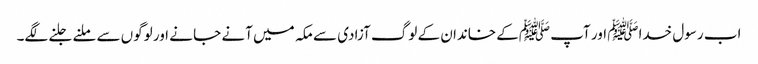
اب رسول خداﷺ اور آپ ﷺکے خاندان کے لوگ آزادی سے مکہ میں آنے جا نے اور لوگوں سے ملنے جلنے لگے۔